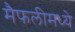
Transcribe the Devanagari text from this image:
मैफलीमध्ये